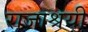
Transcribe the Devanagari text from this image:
राजाश्रयी